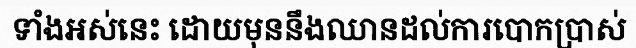
ទាំងអស់នេះ ដោយមុននឹងឈានដល់ការបោកប្រាស់